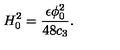
H _ { 0 } ^ { 2 } = { \frac { \epsilon \phi _ { 0 } ^ { 2 } } { 4 8 c _ { 3 } } } .